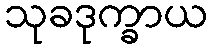
သုခဒုက္ခာယ